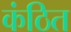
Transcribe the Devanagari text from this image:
कंठित